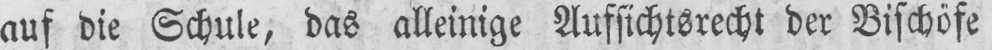
auf die Schule, das alleinige Aufsichtsrecht der Bischöfe